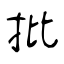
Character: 批